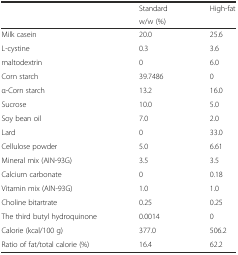
|  | Standard | High-fat |
 |  | <COLSPAN=2> w/w (%) |
 | --- | --- | --- |
 | Milk casein | 20.0 | 25.6 |
 | L-cystine | 0.3 | 3.6 |
 | maltodextrin | 0 | 6.0 |
 | Corn starch | 39.7486 | 0 |
 | α-Corn starch | 13.2 | 16.0 |
 | Sucrose | 10.0 | 5.0 |
 | Soy bean oil | 7.0 | 2.0 |
 | Lard | 0 | 33.0 |
 | Cellulose powder | 5.0 | 6.61 |
 | Mineral mix (AIN-93G) | 3.5 | 3.5 |
 | Calcium carbonate | 0 | 0.18 |
 | Vitamin mix (AIN-93G) | 1.0 | 1.0 |
 | Choline bitartrate | 0.25 | 0.25 |
 | The third butyl hydroquinone | 0.0014 | 0 |
 | Calorie (kcal/100 g) | 377.0 | 506.2 |
 | Ratio of fat/total calorie (%) | 16.4 | 62.2 |